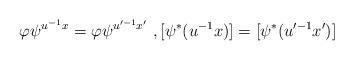
LaTeX: \begin{align*}\varphi\psi^{u^{-1}x} = \varphi\psi^{u'^{-1}x'}\ ,[\psi^\ast(u^{-1}x)]=[\psi^\ast(u'^{-1}x')]\end{align*}